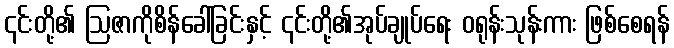
၎င်းတို့၏ ဩဇာကိုစိန်ခေါ်ခြင်းနှင့် ၎င်းတို့၏အုပ်ချုပ်ရေး ဝရုန်းသုန်းကား ဖြစ်စေရန်